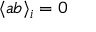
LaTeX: \langle a b \rangle _ { i } = 0